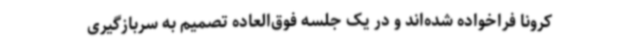
کرونا فراخواده شده‌اند و در یک جلسه فوق‌العاده تصمیم به سربازگیری